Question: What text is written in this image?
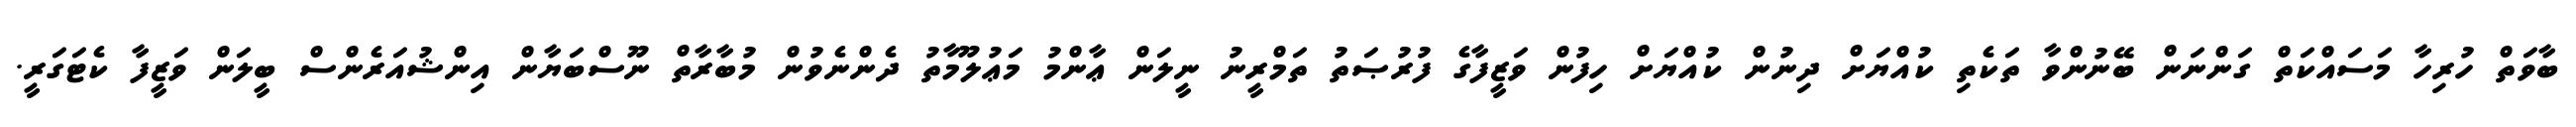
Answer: ބާވަތް ހުރިހާ މަސައްކަތް ގަންނަން ބޭނުންވާ ތަކެތި ކުއްޔަށް ދިނުން ކުއްޔަށް ހިފުން ވަޒީފާގެ ފުރުޞަތު ތަމްރީނު ނީލަން ޢާންމު މަޢުލޫމާތު ދެންނެވުން މުބާރާތް ނޫސްބަޔާން އިންޝުއަރެންސް ބީލަން ވަޒީފާ ކެޓަގަރީ.